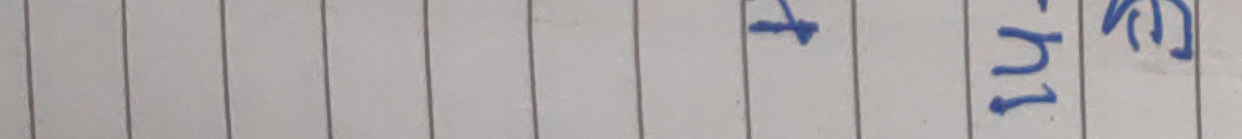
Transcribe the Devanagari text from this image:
14  हु